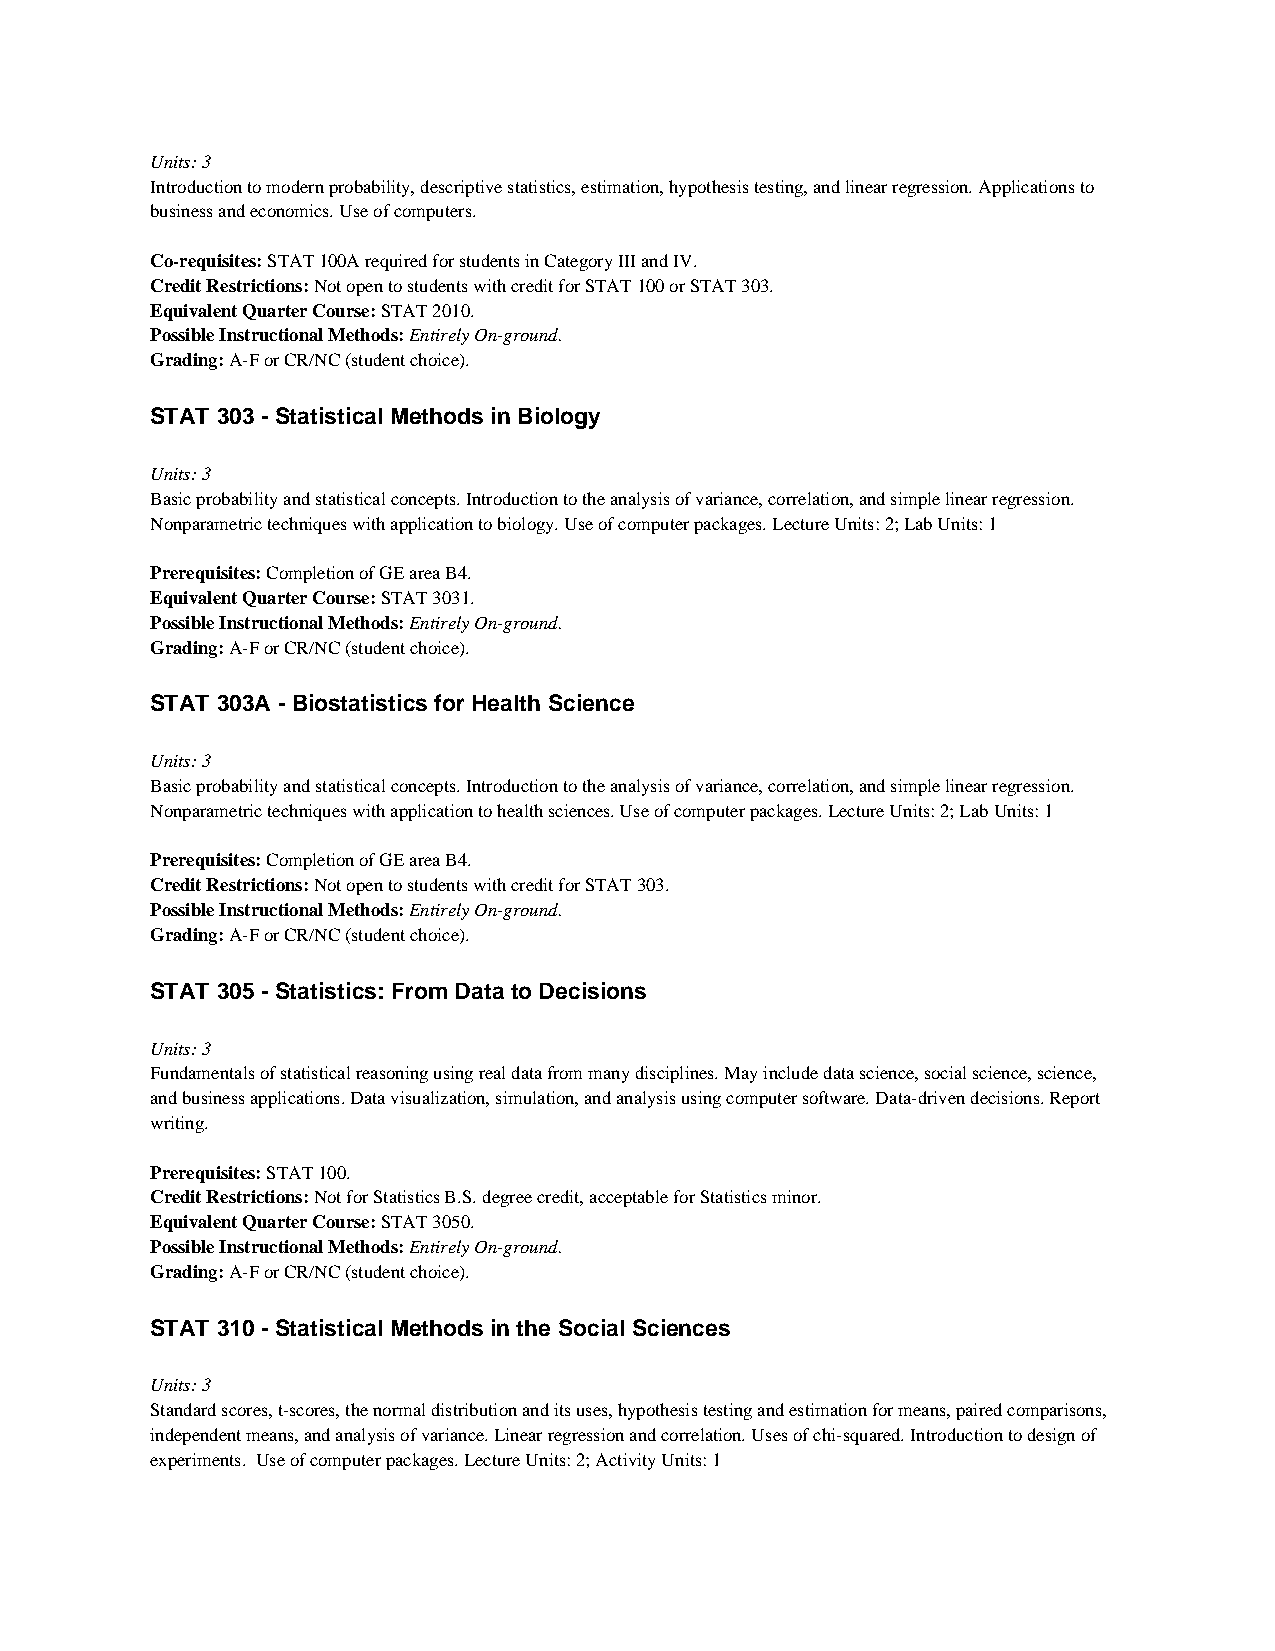
Units: 3
 Introduction to modern probability, descriptive statistics, estimation, hypothesis testing, and linear regression. Applications to
 business and economics. Use of computers.
 Co-requisites: STAT 100A required for students in Category III and IV.
 Credit Restrictions: Not open to students with credit for STAT 100 or STAT 303.
 Equivalent Quarter Course: STAT 2010.
 Possible Instructional Methods: Entirely On-ground.
 Grading: A-F or CR/NC (student choice).
 STAT 303 - Statistical Methods in Biology
 Units: 3
 Basic probability and statistical concepts. Introduction to the analysis of variance, correlation, and simple linear regression.
 Nonparametric techniques with application to biology. Use of computer packages. Lecture Units: 2; Lab Units: 1
 Prerequisites: Completion of GE area B4.
 Equivalent Quarter Course: STAT 3031.
 Possible Instructional Methods: Entirely On-ground.
 Grading: A-F or CR/NC (student choice).
 STAT 303A - Biostatistics for Health Science
 Units: 3
 Basic probability and statistical concepts. Introduction to the analysis of variance, correlation, and simple linear regression.
 Nonparametric techniques with application to health sciences. Use of computer packages. Lecture Units: 2; Lab Units: 1
 Prerequisites: Completion of GE area B4.
 Credit Restrictions: Not open to students with credit for STAT 303.
 Possible Instructional Methods: Entirely On-ground.
 Grading: A-F or CR/NC (student choice).
 STAT 305 - Statistics: From Data to Decisions
 Units: 3
 Fundamentals of statistical reasoning using real data from many disciplines. May include data science, social science, science,
 and business applications. Data visualization, simulation, and analysis using computer software. Data-driven decisions. Report
 writing.
 Prerequisites: STAT 100.
 Credit Restrictions: Not for Statistics B.S. degree credit, acceptable for Statistics minor.
 Equivalent Quarter Course: STAT 3050.
 Possible Instructional Methods: Entirely On-ground.
 Grading: A-F or CR/NC (student choice).
 STAT 310 - Statistical Methods in the Social Sciences
 Units: 3
 Standard scores, t-scores, the normal distribution and its uses, hypothesis testing and estimation for means, paired comparisons,
 independent means, and analysis of variance. Linear regression and correlation. Uses of chi-squared. Introduction to design of
 experiments. Use of computer packages. Lecture Units: 2; Activity Units: 1